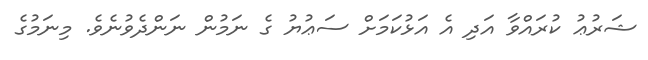
ޝަރުޢު ކުރައްވާ އަދި އެ އަޅުކަމަށް ސަޢުޔު ގެ ނަމުން ނަންދެވުނެވެ. މިނަމުގެ